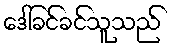
ဒေါ်ခင်ခင်သူသည်